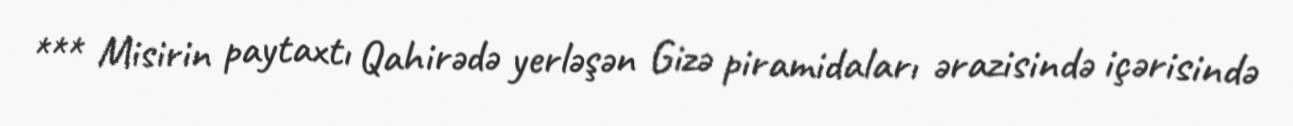
*** Misirin paytaxtı Qahirədə yerləşən Gizə piramidaları ərazisində içərisində